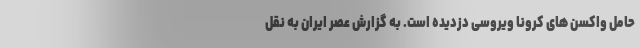
حامل واکسن های کرونا ویروسی دزدیده است. به گزارش عصر ایران به نقل